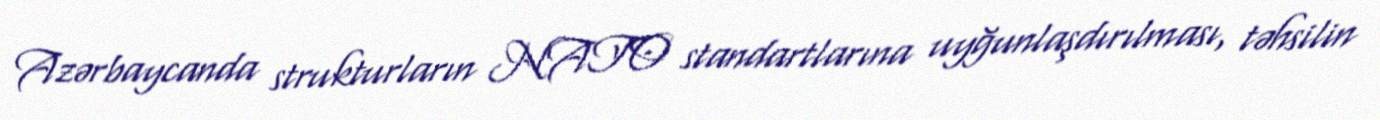
Azərbaycanda strukturların NATO standartlarına uyğunlaşdırılması, təhsilin